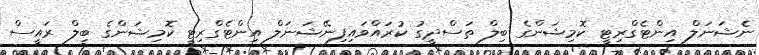
ނެޝަނަލް އިންޓެގްރިޓީ ކޮމިޝަންގެ ބިލް ތަސްދީގު ކުރައްވައިފިނޭޝަނަލް އިންޓެގްރިޓީ ކޮމިޝަންގެ ބިލް ރައީސް